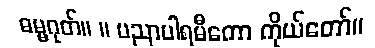
ဓမ္မဂုတ်။ ။ ပညာပါရမီကော ကိုယ်တော်။